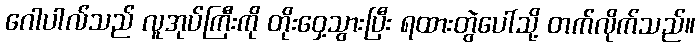
ဂေါပါလ်သည် လူအုပ်ကြီးကို တိုးဝှေ့သွားပြီး ရထားတွဲပေါ်သို့ တက်လိုက်သည်။